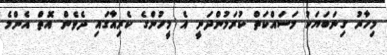
މިހާރު ގިނަބަޔަކު މަސައްކަތް ކުރަމުންދަނީ އެ މީހުންގެ ކެރިއާގައި ދެވެން އޮތް އެންމެ